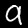
Label: 9